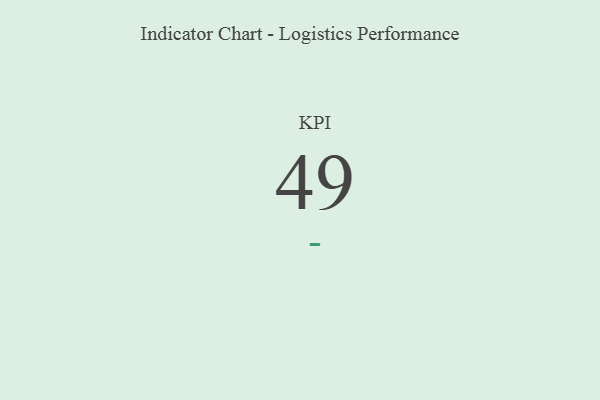
{"axis": {"x": "KPI", "y": "Value"}, "legend": [""], "data": [{"x": "KPI", "y": 49, "type": ""}]}